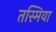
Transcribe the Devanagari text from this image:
तस्मिया